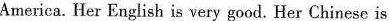
America. Her English is very good. Her Chinese is